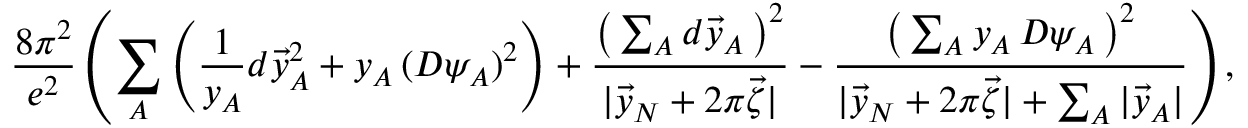
\frac { 8 \pi ^ { 2 } } { e ^ { 2 } } \left( \sum _ { A } \left( \frac { 1 } { y _ { A } } d \vec { y } _ { A } ^ { 2 } + y _ { A } \, ( D \psi _ { A } ) ^ { 2 } \right) + \frac { \left( \, \sum _ { A } d \vec { y } _ { A } \, \right) ^ { 2 } } { | \vec { y } _ { N } + 2 \pi \vec { \zeta } | } - \frac { \left( \, \sum _ { A } y _ { A } \, D \psi _ { A } \, \right) ^ { 2 } } { | \vec { y } _ { N } + 2 \pi \vec { \zeta } | + \sum _ { A } | \vec { y } _ { A } | } \right) ,